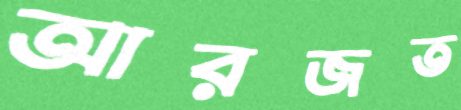
আরজত